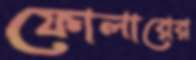
ফোলারের